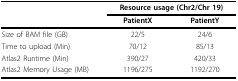
|  | <COLSPAN=2> Resource usage (Chr2/Chr 19) |
 |  | PatientX | PatientY |
 | --- | --- | --- |
 | Size of BAM file (GB) | 22/5 | 24/6 |
 | Time to upload (Min) | 70/12 | 85/13 |
 | Atlas2 Runtime (Min) | 390/27 | 420/33 |
 | Atlas2 Memory Usage (MB) | 1196/275 | 1192/270 |